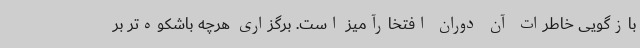
بازگویی خاطرات آن دوران افتخارآمیز است. برگزاری هرچه باشکوه‌تر بر